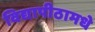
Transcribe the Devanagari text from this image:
विद्यापीठामधे